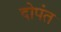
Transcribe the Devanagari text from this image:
दोपंत